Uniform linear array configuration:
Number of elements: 16
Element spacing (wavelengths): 0.25
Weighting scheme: hann
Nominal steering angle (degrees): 45
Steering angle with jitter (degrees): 44.494
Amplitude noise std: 0.05
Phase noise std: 0.05

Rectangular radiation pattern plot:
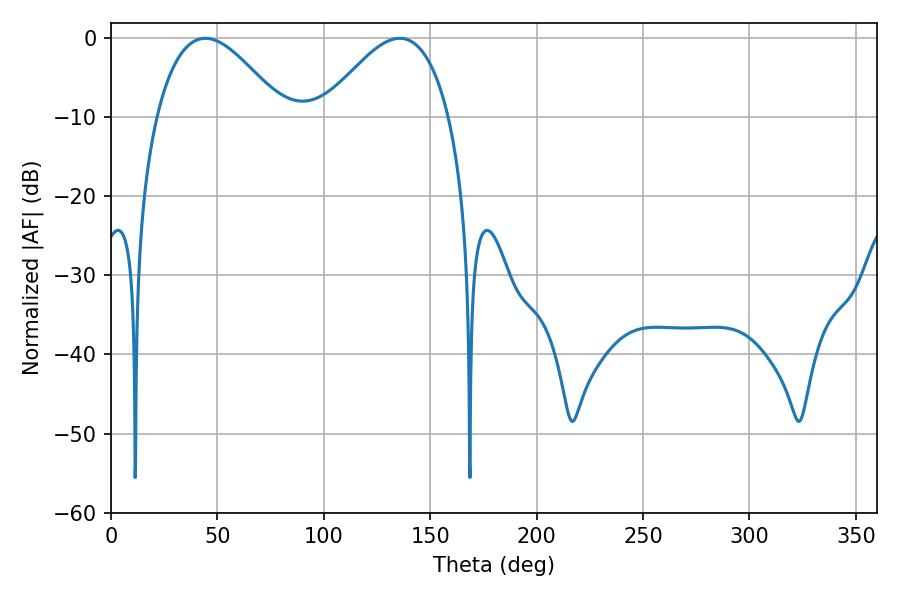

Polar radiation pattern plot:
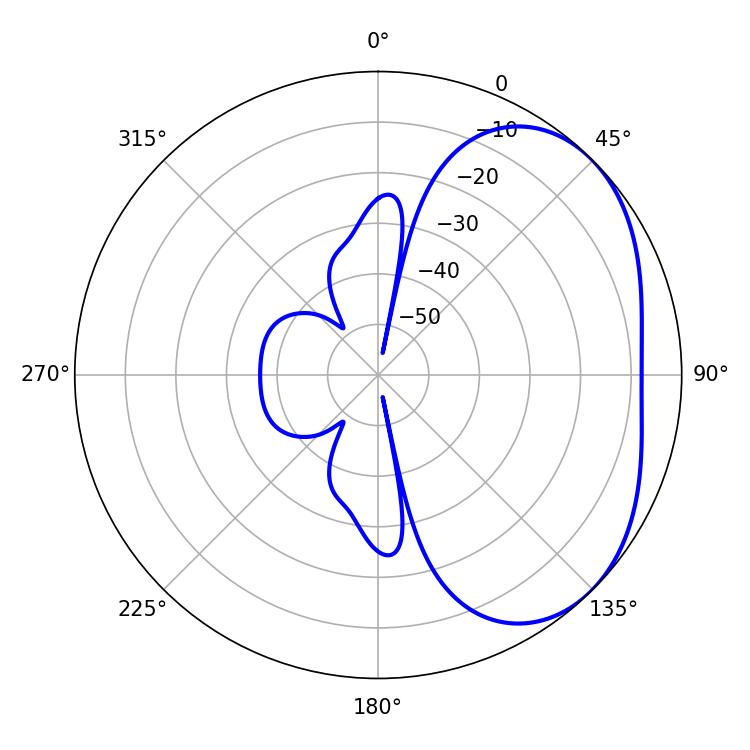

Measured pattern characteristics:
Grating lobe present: FALSE
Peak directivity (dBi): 3.339
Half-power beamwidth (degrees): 32.22
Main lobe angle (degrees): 44.28